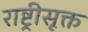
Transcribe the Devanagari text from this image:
राष्ट्रीसूक्त